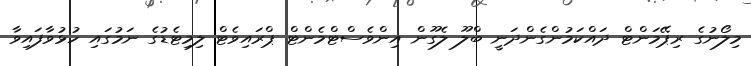
މިލޯނުގެ ރިޕޭމަންޓް ދައްކަމުންގެންދަނީ ބްލޫ ލެގޫން އިންވެސްޓްމެންޓް ޕްރައިވެޓް ލިމިޓެޑުގެ ނަމުގައި ހުޅުވާފައިވާ